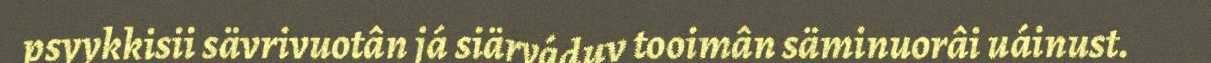
psyykkisii sävrivuotân já siärváduv tooimân säminuorâi uáinust.